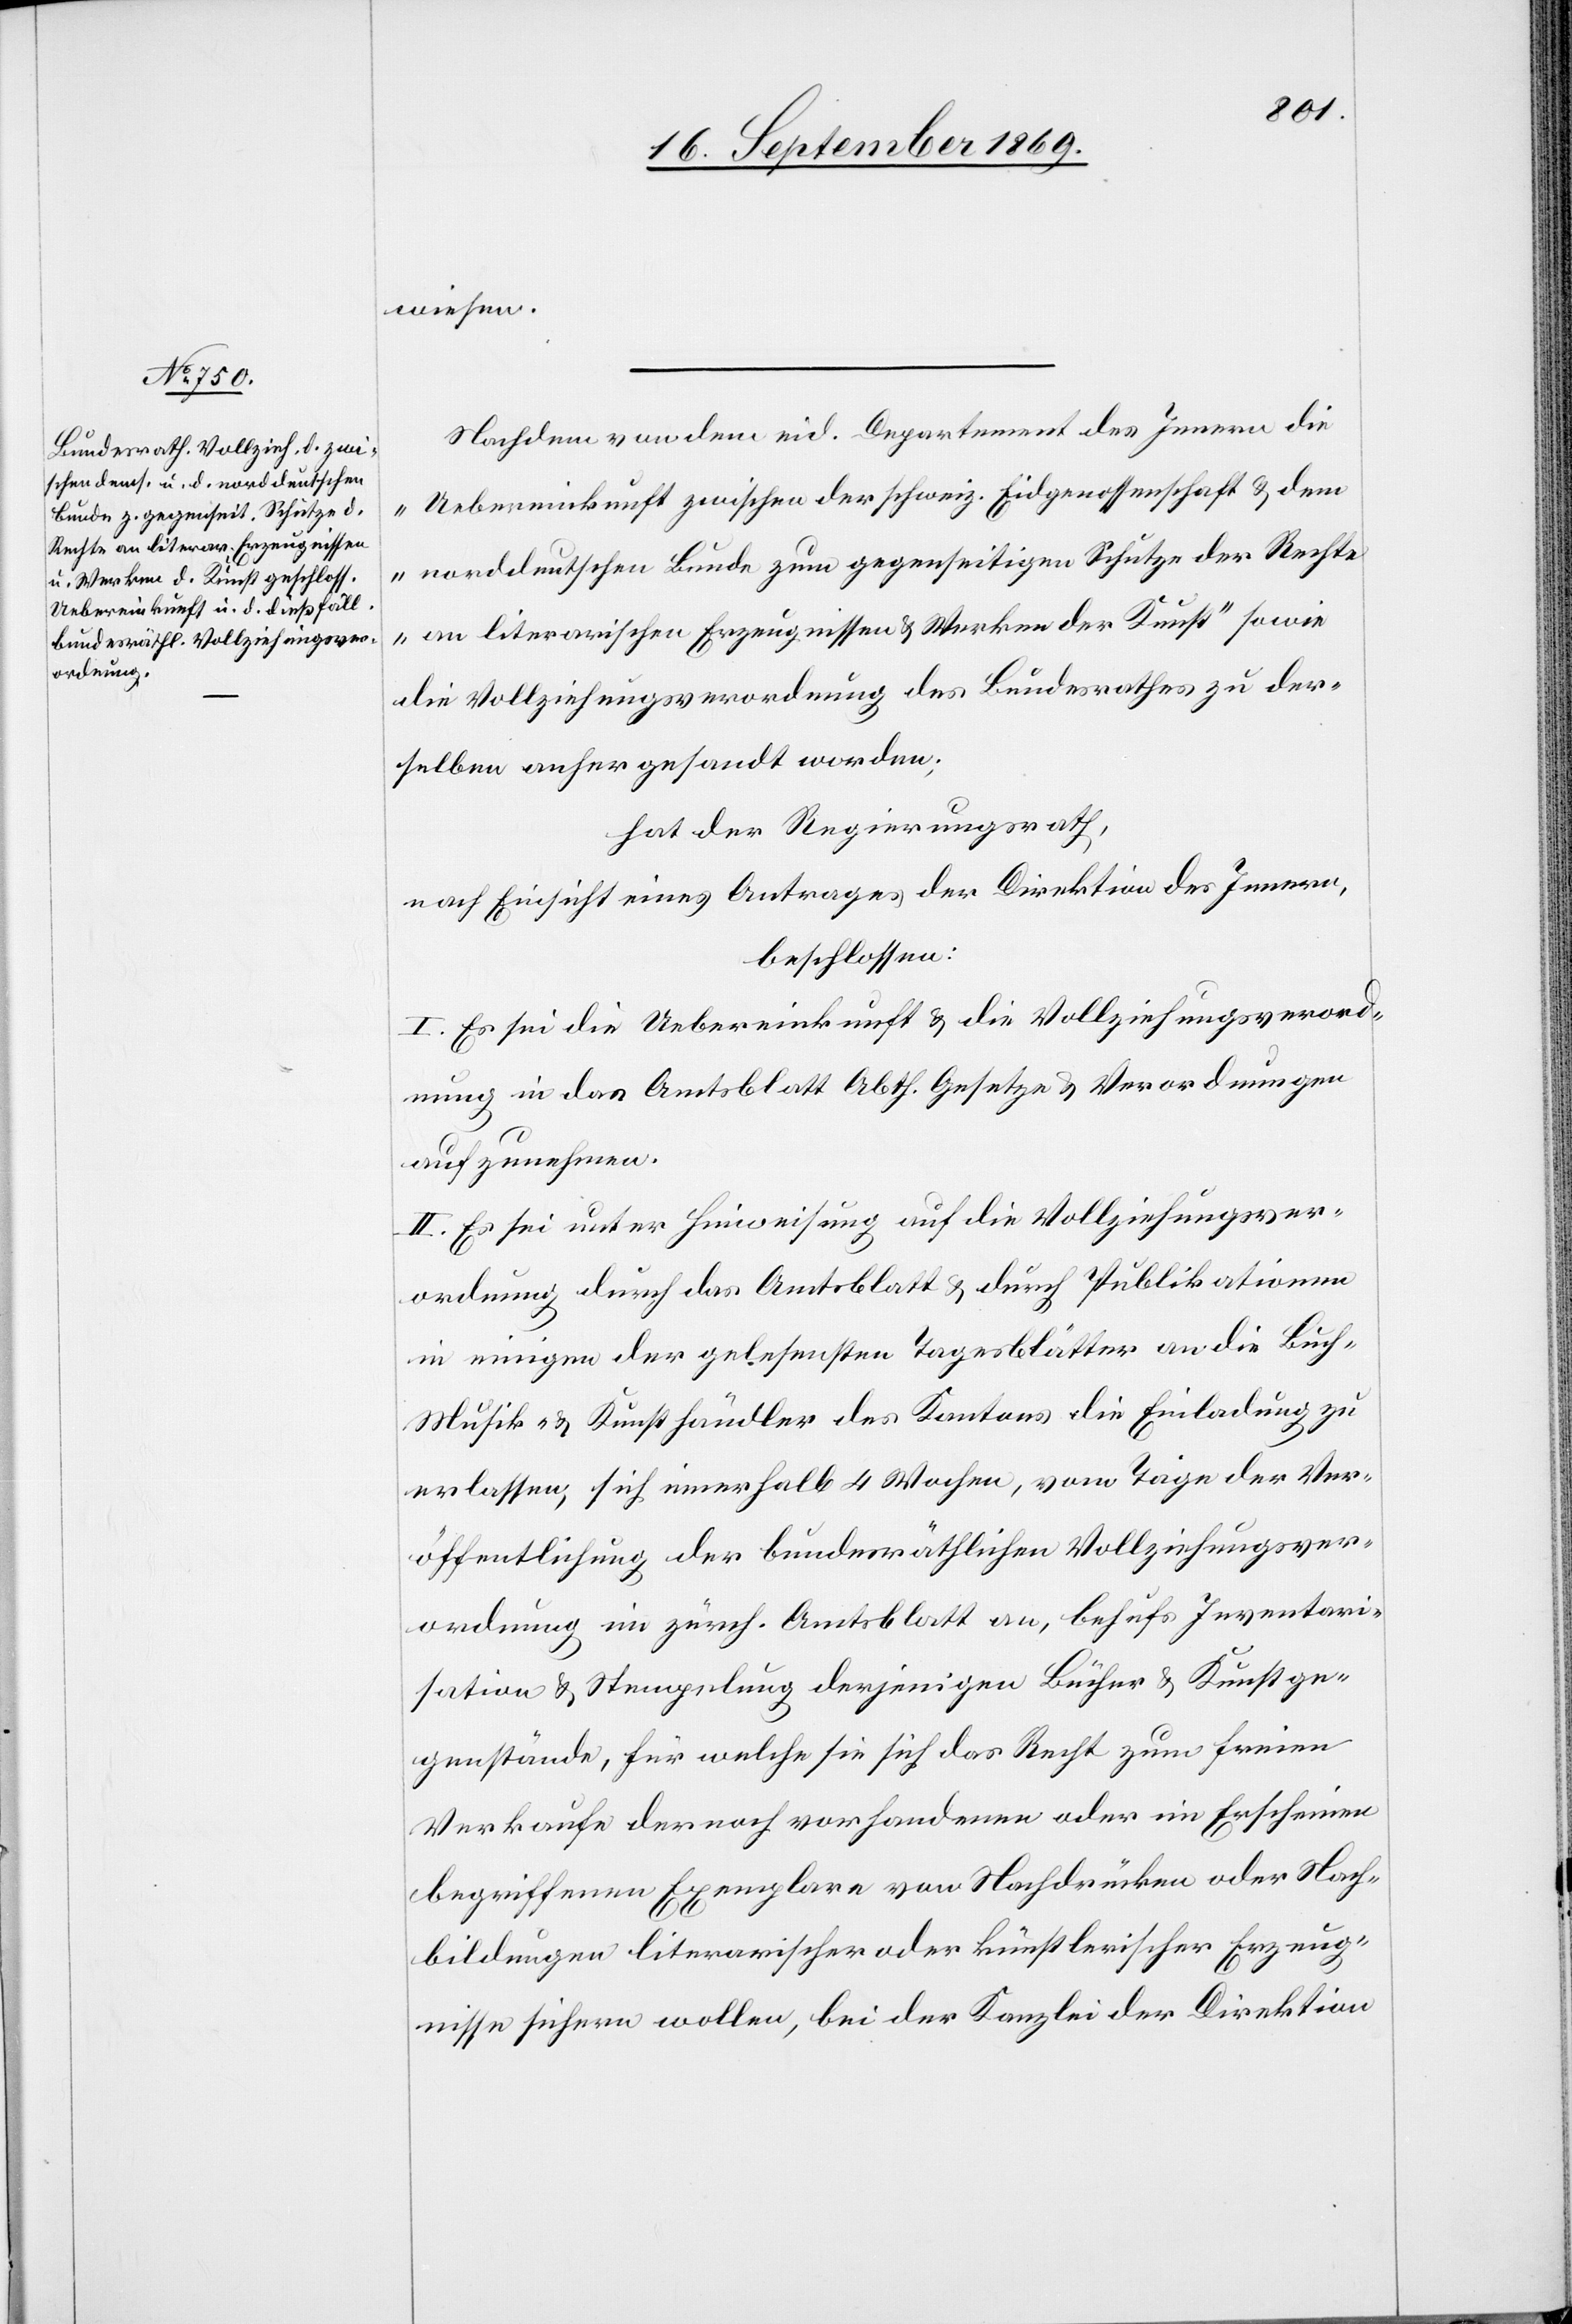
wiesen.
Nachdem von dem eid. Departement des Innern die
„Uebereinkunft zwischen der schweiz. Eidgenossenschaft & dem
norddeutschen Bunde zum gegenseitigen Schutze der Rechte
an literarischen Erzeugnissen & Werken der Kunst“ sowie
die Vollziehungsverordnung des Bundesrathes zu der¬
selben anher gesandt worden;
hat der Regierungsrath,
nach Einsicht eines Antrages der Direktion des Innern,
beschlossen:
I. Es sei die Uebereinkunft & die Vollziehungsverord¬
nung in das Amtsblatt Abth. Gesetze & Verordnungen
aufzunehmen.
II. Es sei unter Hinweisung auf die Vollziehungsver¬
ordnung durch das Amtsblatt & durch Publikation
in einigen der gelesensten Tagesblätter an die Buch-
Musik- & Kunsthändler des Kantons die Einladung zu
erlassen, sich innerhalb 4 Wochen, vom Tage der Ver¬
öffentlichung der bundesräthlichen Vollziehungsver¬
ordnung im zürch. Amtsblatt an, behufs Inventari¬
sation & Stempelung derjenigen Bücher & Kunstge¬
genstände, für welche sie sich das Recht zum freien
Verkaufe der noch vorhandenen oder im Erscheinen
begriffenen Exemplare von Nachdrücken oder Nach¬
bildungen literarischer oder künstlerischer Erzeug¬
nisse sichern wolle, bei der Kanzlei der Direktion